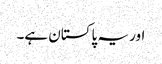
اور یہ پاکستان ہے۔